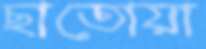
ছাতোয়া